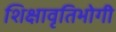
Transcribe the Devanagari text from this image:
शिक्षावृतिभोगी